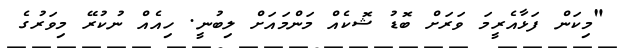
"މިކަން ފަޅާއެރީމަ ވަރަށް ބޮޑު ޝޮކެއް މަންމައަށް ލިބުނީ. ހިއެއް ނުކުރޭ މިވަރުގެ